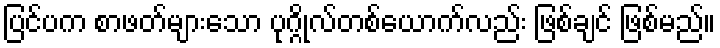
ပြင်ပက စာဖတ်များသော ပုဂ္ဂိုလ်တစ်ယောက်လည်း ဖြစ်ချင် ဖြစ်မည်။